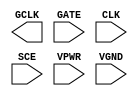
module sky130_fd_sc_hs__sdlclkp (
    GCLK,
    GATE,
    CLK ,
    SCE ,
    VPWR,
    VGND
);

    output GCLK;
    input  GATE;
    input  CLK ;
    input  SCE ;
    input  VPWR;
    input  VGND;
endmodule